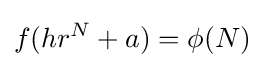
f(hr^{N}+a)=\phi (N)